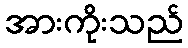
အားကိုးသည်